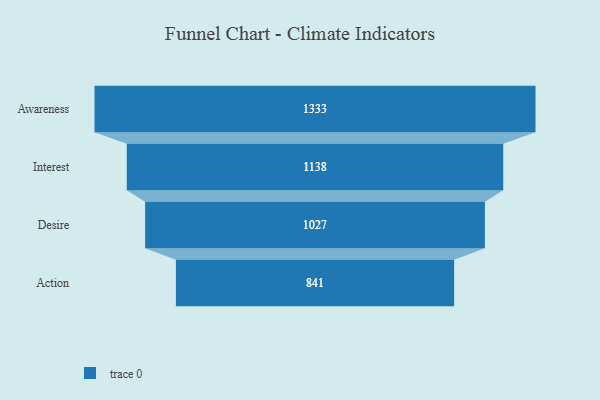
{"axis": {"x": "Stage", "y": "Value"}, "legend": [""], "data": [{"x": "Awareness", "y": 1333.0, "type": ""}, {"x": "Interest", "y": 1138.0, "type": ""}, {"x": "Desire", "y": 1027.0, "type": ""}, {"x": "Action", "y": 841.0, "type": ""}]}